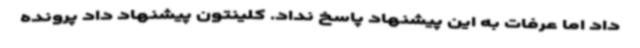
داد اما عرفات به این پیشنهاد پاسخ نداد. کلینتون پیشنهاد داد پرونده